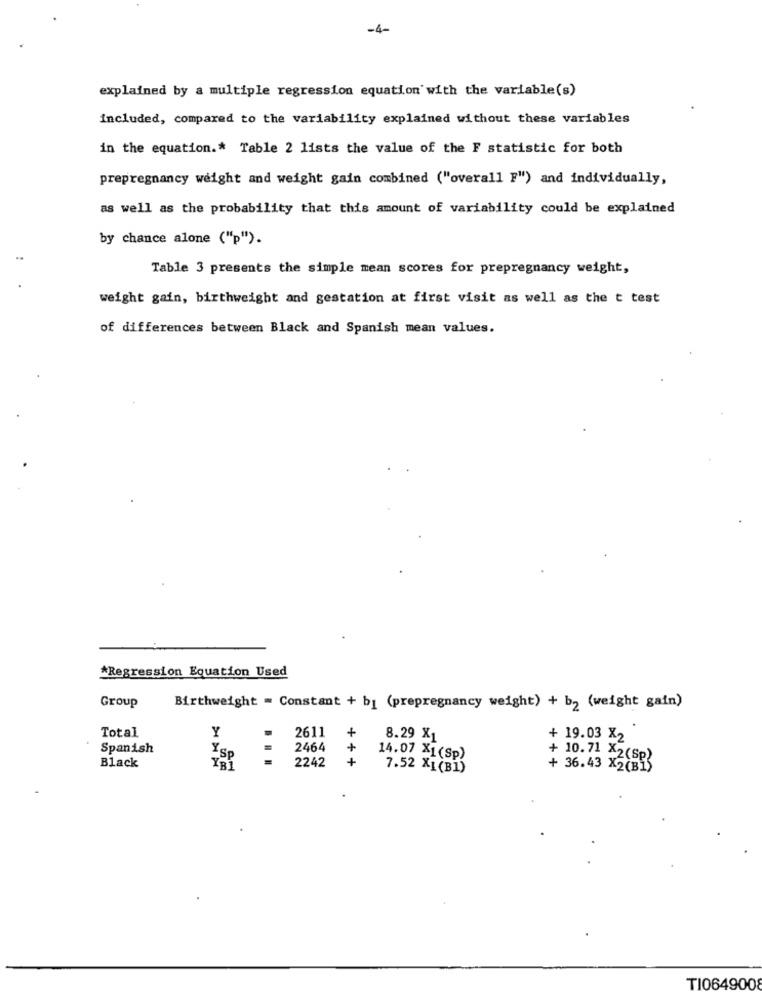
-4-
explained by a multiple regression equation with the variable(s)
included, compared to the variability explained without these variables
in the equation .* Table 2 lists the value of the F statistic for both
prepregnancy weight and weight gain combined ("overall F") and individually,
as well as the probability that this amount of variability could be explained
by chance alone ("p").
Table 3 presents the simple mean scores for prepregnancy weight,
weight gain, birthweight and gestation at first visit as well as the t test
of differences between Black and Spanish mean values.
*Regression Equation Used
Group
Birthweight = Constant + b] (prepregnancy weight) + b2 (weight gain)
Total
Y
2611 +
8.29 X1
+ 19.03 X2
Spanish
Y
2464
+
14.07 X1(Sp)
+ 10.71 X2(Sp)
Black
Y31
2242 +
7.52 X1(B1)
+ 36.43 X2(B1)
TI064900